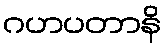
ဂဟပတာနိ